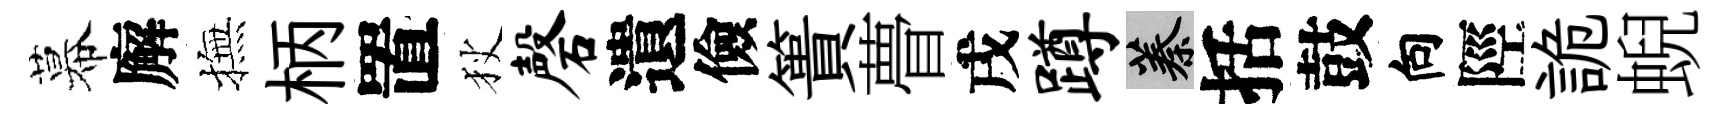
幕廨撫柄置狄磬遺儉簣瞢戌蹲蓁括鼓向陘詭蜺